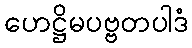
ဟေဋ္ဌိမပဗ္ဗတပါဒံ